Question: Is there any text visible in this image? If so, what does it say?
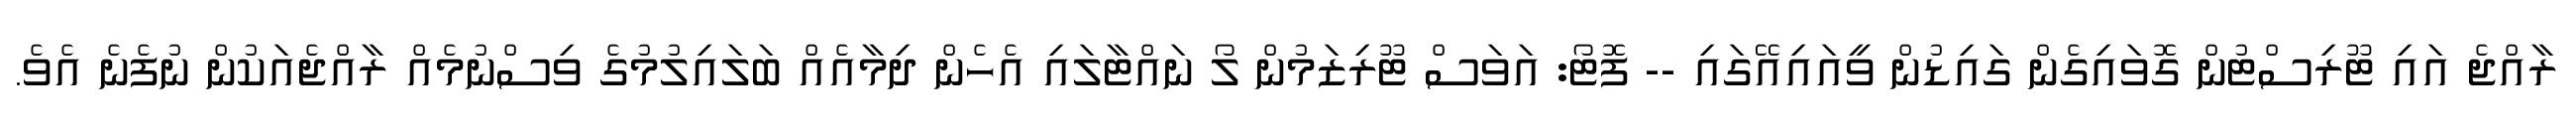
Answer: ރާއްޖެ އައި ޓޫރިސްޓުން ގޮވައިގެން ގައިޑުން ވީއައިއޭގައި -- ފޮޓޯ: އަވަސް ޓޫރިޒަމުން ލޯ ނައްޓާލައި އެހެން ދިމާއެއް ބަލައިލުމުގެ ވިސްނުމެއް ރާއްޖެއަކުން ނުފެނެ އެވެ.